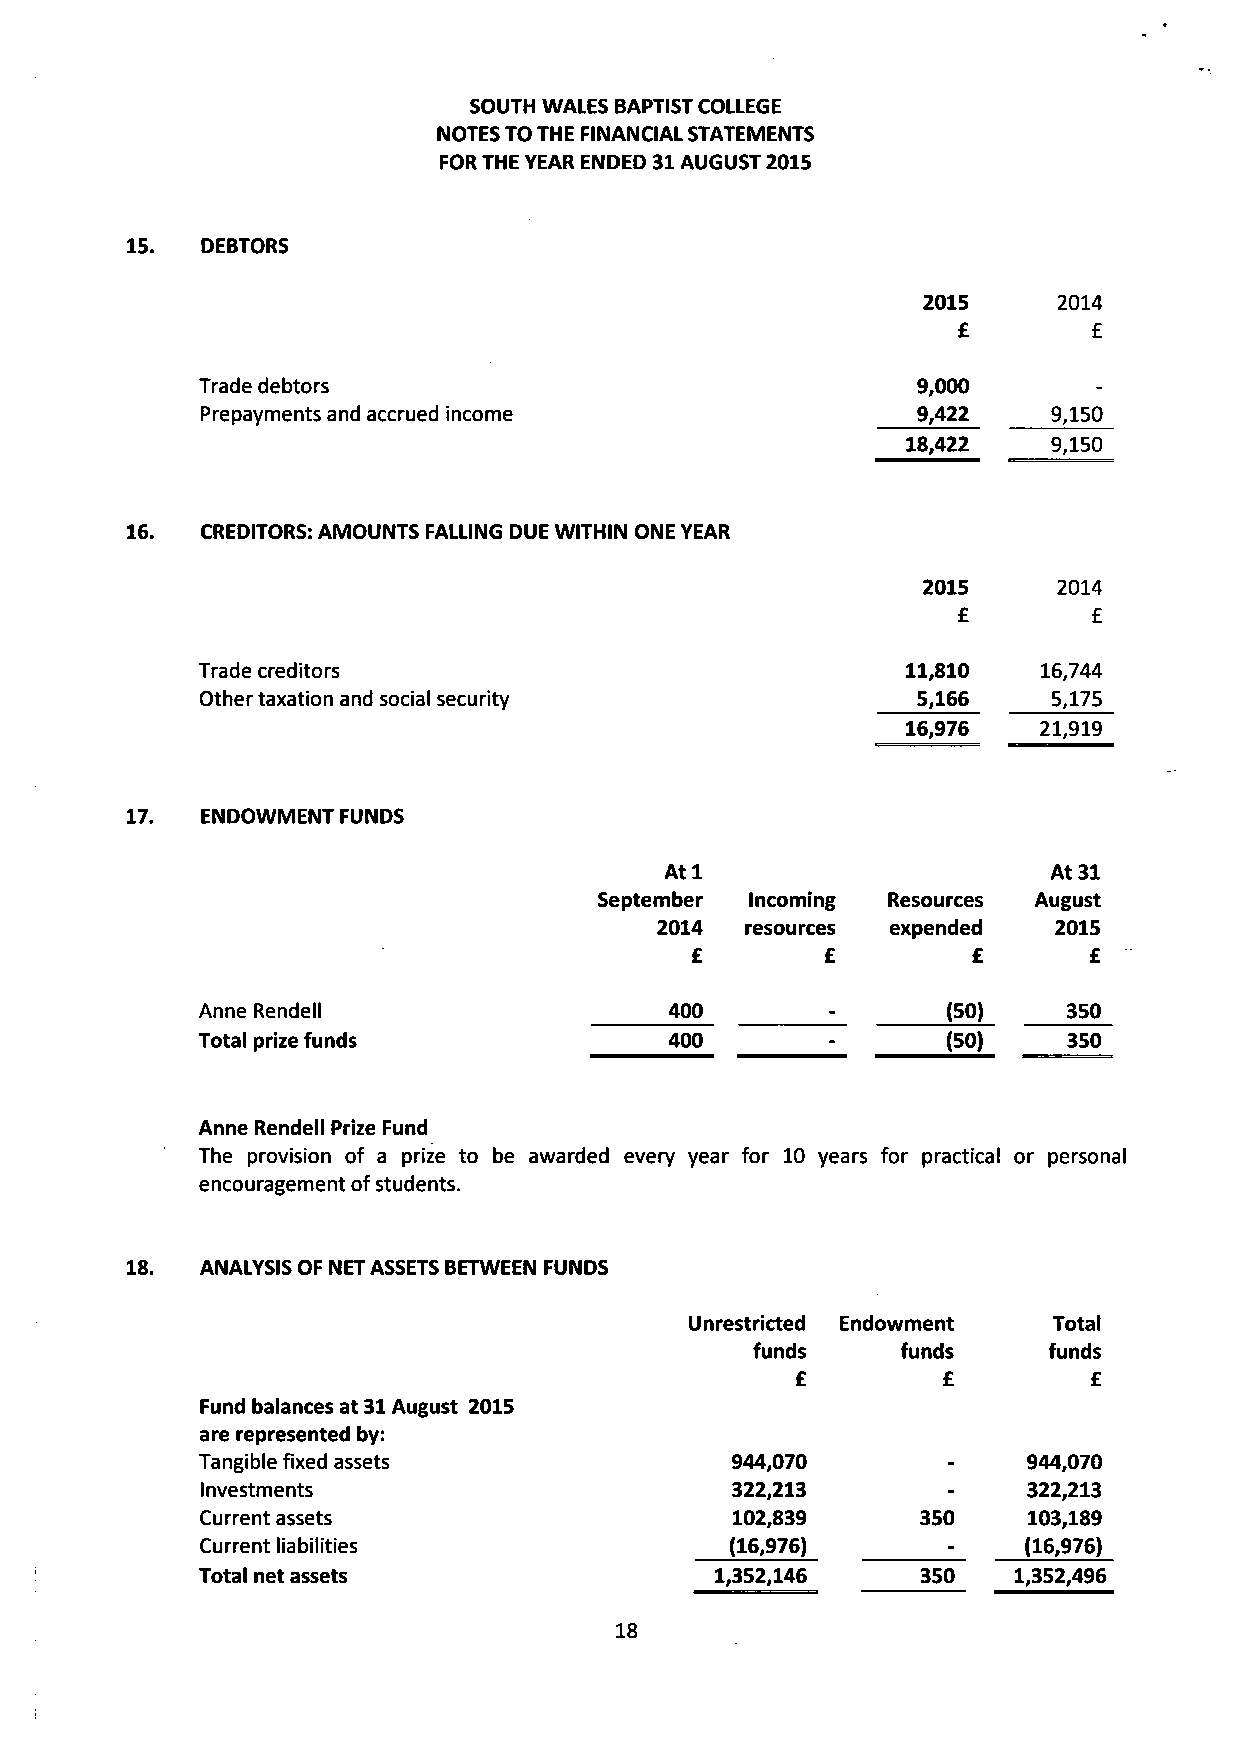
SOUTH WALES BAPTIST COLLEGE
 NOTES TO THE FINANCIAL STATEMENTS
 FOR THE YEAR ENDED 31 AUGUST 2015
 15.  DEBTORS
 2015     2014
 £        £
 Trade debtors                                   9,000
 Prepayments and accrued income                  9,422   9,150
 18,422    9,150
 16.  CREDITORS: AMOUNTS FALLING DUE WITHIN ONE YEAR
 2015     2014
 £        £
 Trade creditors                                11,810   16,744
 Other taxation and social security              5,166   5,175
 16,976   21,919
 17.  ENDOWMENT FUNDS
 At 1                      At 31
 September Incoming Resources August
 2014  resources expended   2015
 £        £        £       £
 Anne Rendell                   400        -_      (50)   350
 Total prize funds              400        -       (50)   350
 Anne Rendell Prize Fund
 The provision of a prize to be awarded every year for 10 years for practical or personal
 encouragement of students.
 18.  ANALYSIS OF NET ASSETS BETWEEN FUNDS
 Unrestricted Endowment  Total
 funds     funds    funds
 £        £         £
 Fund balances at 31 August 2015
 are represented by:
 Tangible fixed assets              944,070             944,070
 Investments                        322,213             322,213
 Current assets                     102,839      350    103,189
 Current liabilities                (16,976)            (16,976)
 Total net assets                  1,352,146     350   1,352,496
 18